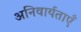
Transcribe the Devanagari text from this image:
अनिवार्यताएँ